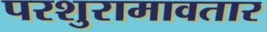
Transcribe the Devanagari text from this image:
परशुरामावतार